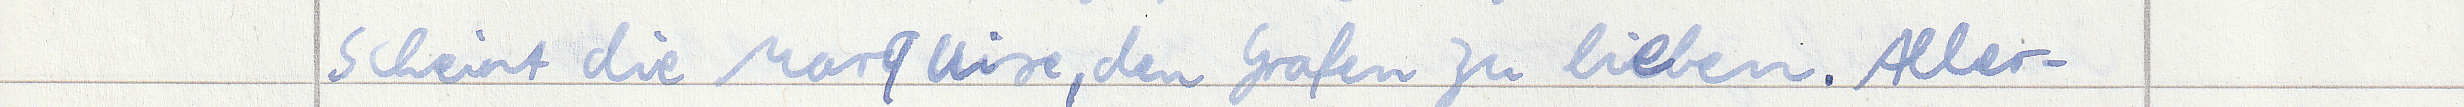
scheint die Marquise, den Grafen zu lieben. Aller -